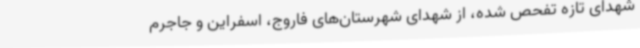
شهدای تازه تفحص شده، از شهدای شهرستان‌های فاروج، اسفراین و جاجرم